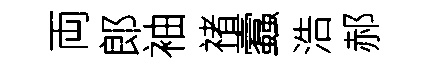
両郎袖禇蠧浩郝